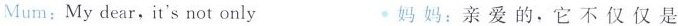
Mum:Mydear,it'snot only 妈妈:亲爱的,它不仅仅是